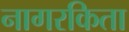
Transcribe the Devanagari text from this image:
नागरकिता